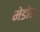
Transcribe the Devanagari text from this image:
मेडोस